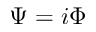
\Psi = i \Phi